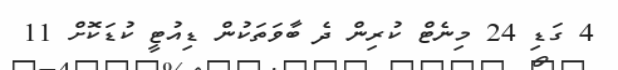
4 ގަޑި 24 މިނެޓް ކުރިން ދެ ބާވަތަކުން ޑިއުޓީ ކުޑަކޮށް 11